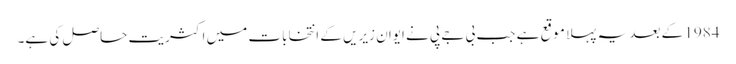
1984 کے بعد یہ پہلا موقع ہے جب بی جے پی نے ایوان زیریں کے انتخابات میں اکثریت حاصل کی ہے۔